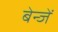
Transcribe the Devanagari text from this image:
बेन्जें